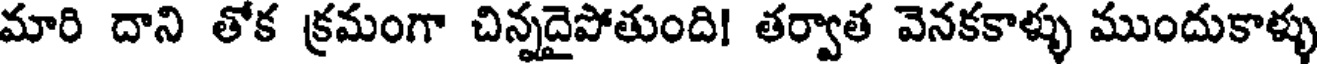
మారి దాని తోక క్రమంగా చిన్నదైపోతుంది! తర్వాత వెనకకాళ్ళు ముందుకాళ్ళు